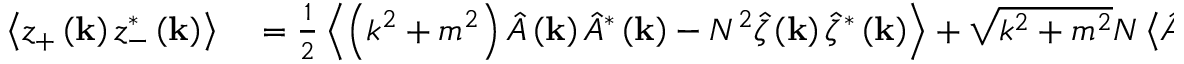
\begin{array} { r l } { \left\langle z _ { + } \left( \mathbf { k } \right) z _ { - } ^ { * } \left( \mathbf { k } \right) \right\rangle } & { { } = \frac { 1 } { 2 } \left\langle \left( k ^ { 2 } + m ^ { 2 } \right) \hat { A } \left( \mathbf { k } \right) \hat { A } ^ { * } \left( \mathbf { k } \right) - N ^ { 2 } \hat { \zeta } \left( \mathbf { k } \right) \hat { \zeta } ^ { * } \left( \mathbf { k } \right) \right\rangle + \sqrt { k ^ { 2 } + m ^ { 2 } } N \left\langle \hat { A } \left( \mathbf { k } \right) \hat { \zeta } ^ { * } \left( \mathbf { k } \right) - \hat { \zeta } \left( \mathbf { k } \right) \hat { A } ^ { * } \left( \mathbf { k } \right) \right\rangle , } \end{array}